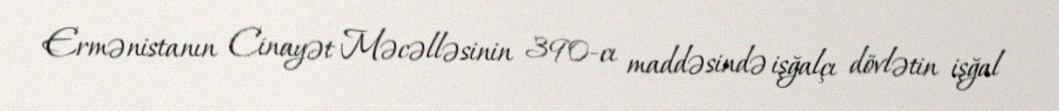
Ermənistanın Cinayət Məcəlləsinin 390-cı maddəsində işğalçı dövlətin işğal